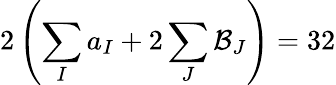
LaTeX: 2\left(\sum_{I}a_{I}+2\sum_{J}\mathcal{B}_{J}\right)=32